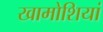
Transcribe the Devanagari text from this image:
खामोशियां